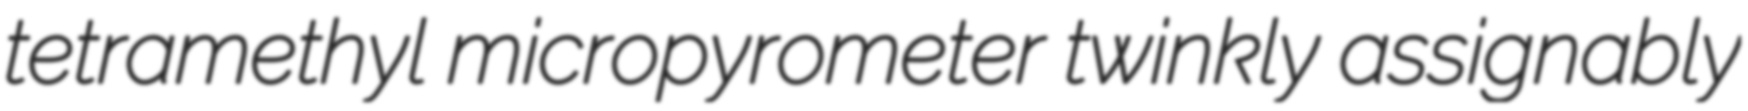
tetramethyl micropyrometer twinkly assignably